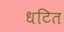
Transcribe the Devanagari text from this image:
धटित